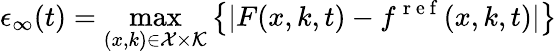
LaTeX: \epsilon_{\infty}(t)=\operatorname*{max}_{(x,k)\in\mathcal{X}\times\mathcal{K}}\left\{ |F(x,k,t)-f^{\mathrm{~r~e~f~}}(x,k,t)|\right\}